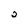
Character: 2